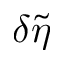
\delta \tilde { \eta }